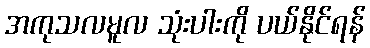
အကုသလမူလ သုံးပါးကို ပယ်နိုင်ရန်